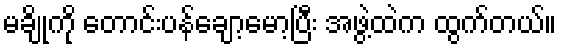
မချိုကို တောင်းပန်ချော့မော့ပြီး အဖွဲ့ထဲက ထွက်တယ်။